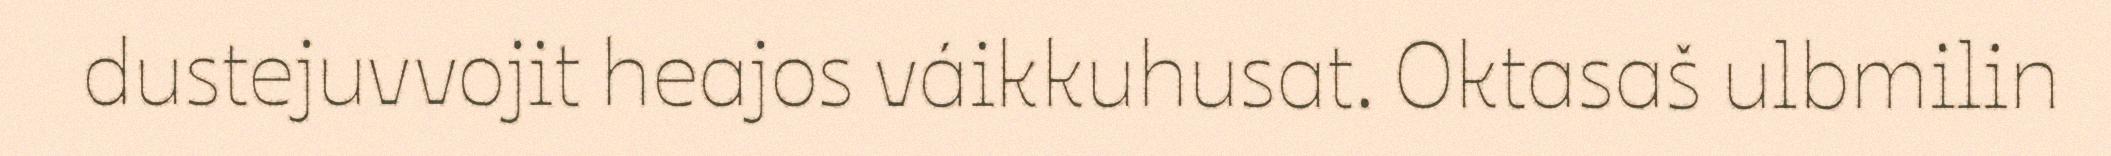
dustejuvvojit heajos váikkuhusat. Oktasaš ulbmilin